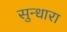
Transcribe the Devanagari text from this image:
सुन्धारा